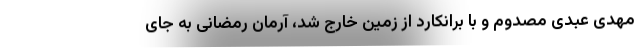
مهدی عبدی مصدوم و با برانکارد از زمین خارج شد، آرمان رمضانی به جای